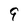
Character: 9